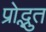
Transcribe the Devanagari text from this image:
प्रोद्भुत